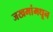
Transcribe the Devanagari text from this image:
जखमांमधून